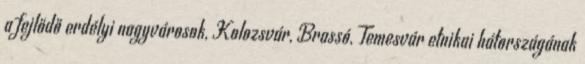
a fejlődő erdélyi nagyvárosok, Kolozsvár, Brassó, Temesvár etnikai hátországának